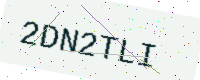
Text: 2DN2TLI